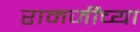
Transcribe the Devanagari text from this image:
रामजींच्या